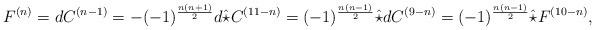
\begin{align*}F^{(n)} = dC^{(n-1)} = -(-1)^{\frac{n(n+1)}{2}} d\hat{\star} C^{(11-n)}= (-1)^{\frac{n(n-1)}{2}} \hat{\star} d C^{(9-n)} = (-1)^{\frac{n(n-1)}{2}} \hat{\star} F^{(10-n)},\end{align*}